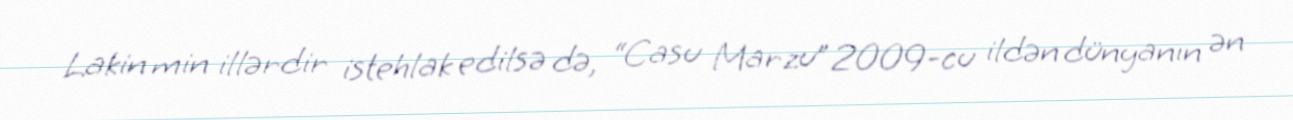
Lakin min illərdir istehlak edilsə də, “Casu Marzu” 2009-cu ildən dünyanın ən